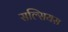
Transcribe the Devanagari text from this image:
सल्सियस